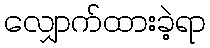
လျှောက်ထားခဲ့ရာ